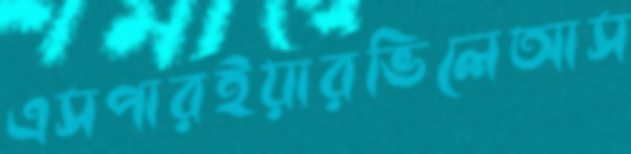
এসপারইয়ারভিলেআস